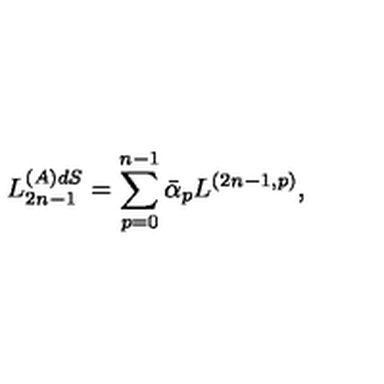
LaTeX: L _ { 2 n - 1 } ^ { ( A ) d S } = \sum _ { p = 0 } ^ { n - 1 } \bar { \alpha } _ { p } L ^ { ( 2 n - 1 , p ) } ,